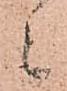
ニ